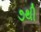
૭થી